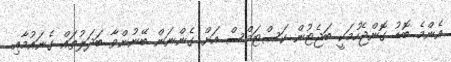
އެންމެ ބޮޑު ގޮންޖެހުމަކީ ބަޖެޓުން ކަސްޓަމްސް އަށް ގެންނަން ބޭނުންވާ ބަދަލުތައް ގެނައުމާއި